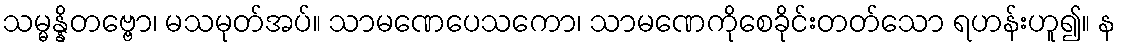
သမ္မန္နိတဗ္ဗော၊ မသမုတ်အပ်။ သာမဏေပေသကော၊ သာမဏေကိုစေခိုင်းတတ်သော ရဟန်းဟူ၍။ န